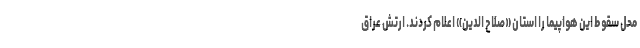
محل سقوط این هواپیما را استان «صلاح الدین» اعلام کردند. ارتش عراق